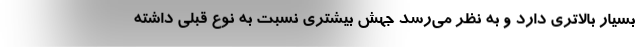
بسیار بالاتری دارد و به نظر می‌رسد جهش بیشتری نسبت به نوع قبلی داشته